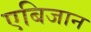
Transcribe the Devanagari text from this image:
एबिजान